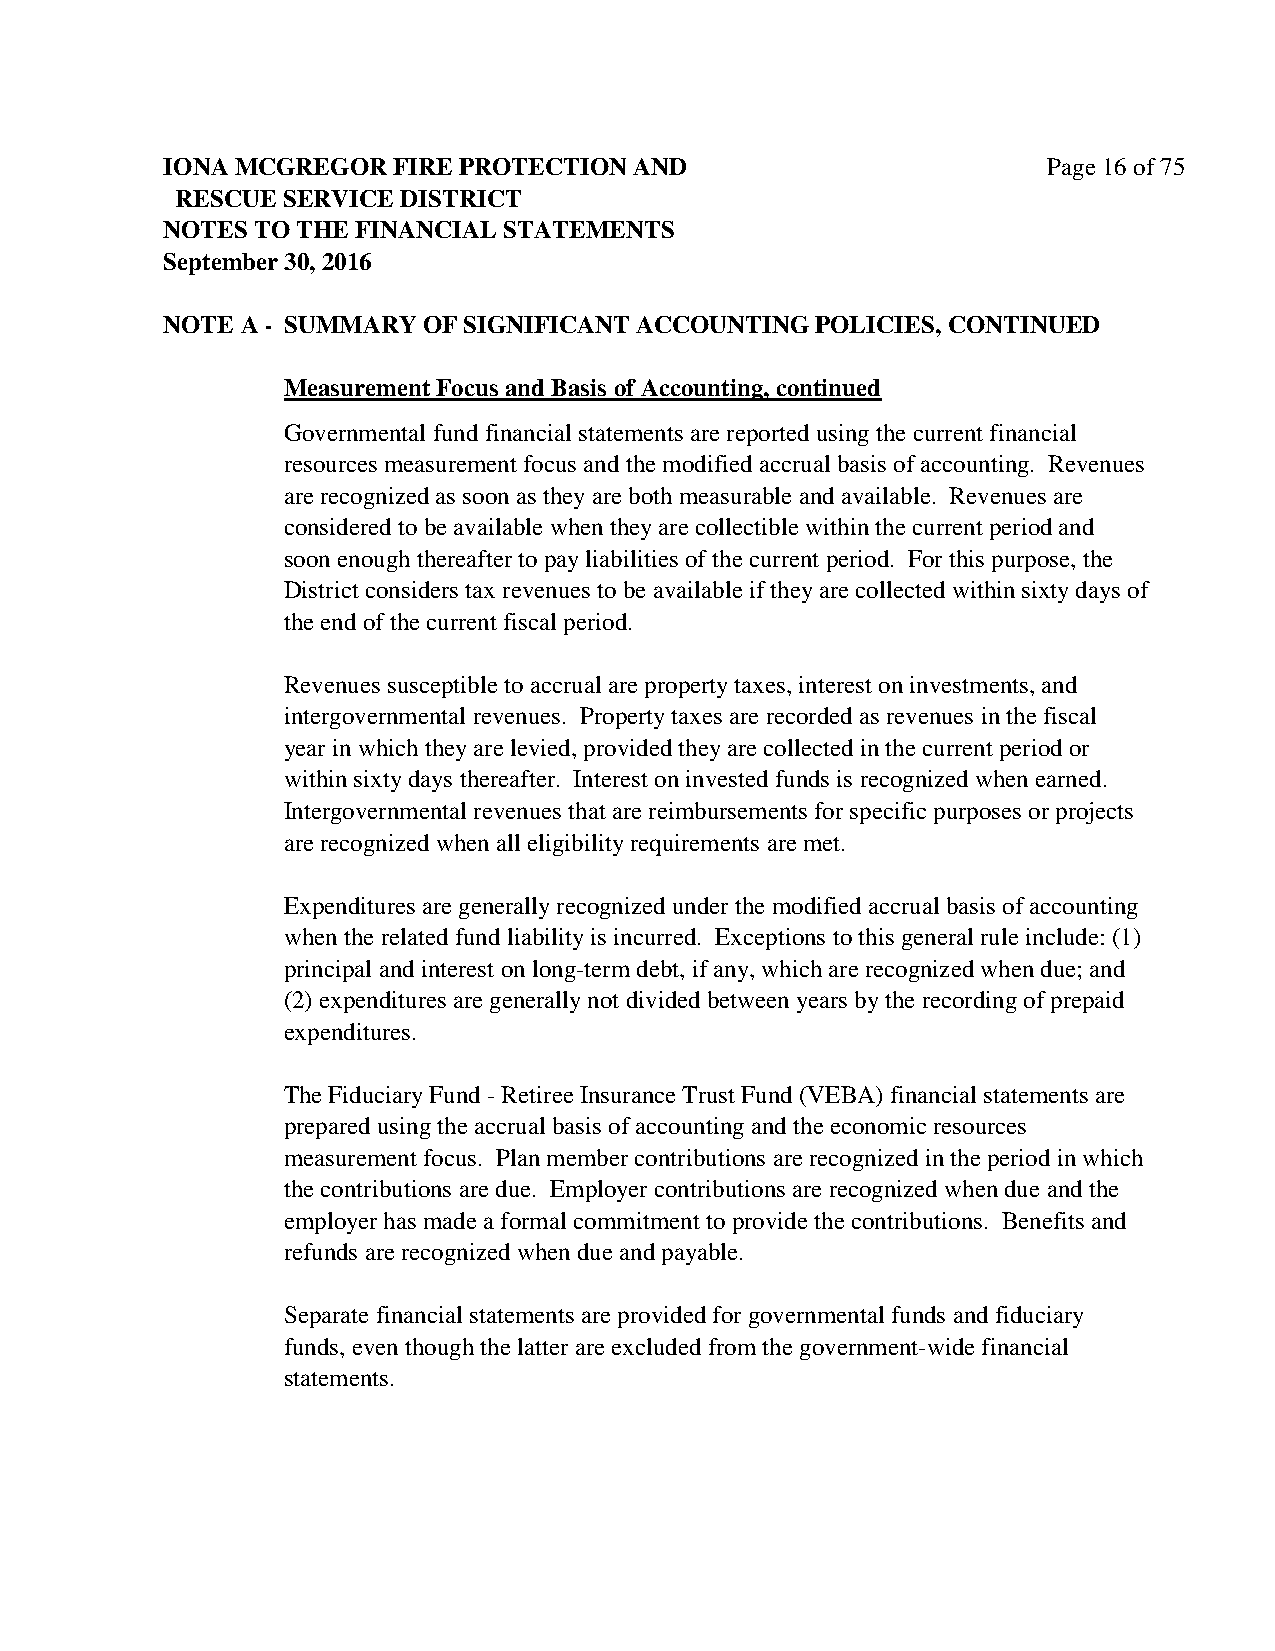
IONA MCGREGOR  FIRE PROTECTION AND                        Page 16 of 75
 RESCUE SERVICE DISTRICT
 NOTES TO THE FINANCIAL STATEMENTS
 September 30, 2016
 NOTE A - SUMMARY OF SIGNIFICANT ACCOUNTING POLICIES, CONTINUED
 Measurement Focus and Basis of Accounting, continued
 Governmental fund financial statements are reported using the current financial
 resources measurement focus and the modified accrual basis of accounting. Revenues
 are recognized as soon as they are both measurable and available. Revenues are
 considered to be available when they are collectible within the current period and
 soon enough thereafter to pay liabilities of the current period. For this purpose, the
 District considers tax revenues to be available if they are collected within sixty days of
 the end of the current fiscal period.
 Revenues susceptible to accrual are property taxes, interest on investments, and
 intergovernmental revenues. Property taxes are recorded as revenues in the fiscal
 year in which they are levied, provided they are collected in the current period or
 within sixty days thereafter. Interest on invested funds is recognized when earned.
 Intergovernmental revenues that are reimbursements for specific purposes or projects
 are recognized when all eligibility requirements are met.
 Expenditures are generally recognized under the modified accrual basis of accounting
 when the related fund liability is incurred. Exceptions to this general rule include: (1)
 principal and interest on long-term debt, if any, which are recognized when due; and
 (2) expenditures are generally not divided between years by the recording of prepaid
 expenditures.
 The Fiduciary Fund - Retiree Insurance Trust Fund (VEBA) financial statements are
 prepared using the accrual basis of accounting and the economic resources
 measurement focus. Plan member contributions are recognized in the period in which
 the contributions are due. Employer contributions are recognized when due and the
 employer has made a formal commitment to provide the contributions. Benefits and
 refunds are recognized when due and payable.
 Separate financial statements are provided for governmental funds and fiduciary
 funds, even though the latter are excluded from the government-wide financial
 statements.